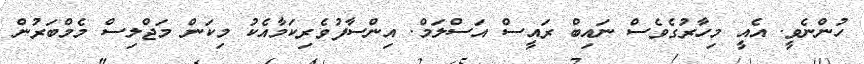
ހުންނެވީ. އެއީ މިހާރުގެވެސް ނައިބް ރައީސް އަސްލަމް. އިންސާފުވެރިކަމާއެކު މިކަން މަޖްލިސް މެމްބަރުން